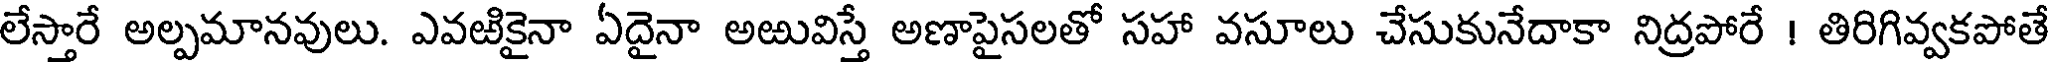
లేస్తారే అల్పమానవులు. ఎవఱికైనా ఏదైనా అఱువిస్తే అణాపైసలతో సహా వసూలు చేసుకునేదాకా నిద్రపోరే ! తిరిగివ్వకపోతే